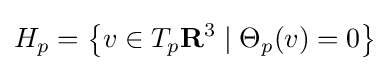
H_{p}=\left\{v\in T_{p}\mathbf {R} ^{3}\mid \Theta _{p}(v)=0\right\}